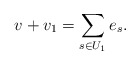
\begin{align*}v+v_1=\sum_{s\in U_1}e_s.\end{align*}